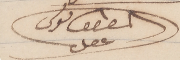
المطران بولس عقل